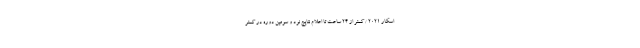
اسکار 2021 / کمتر از 24 ساعت تا اعلام نتایج نود و سومین دوره در کمتر